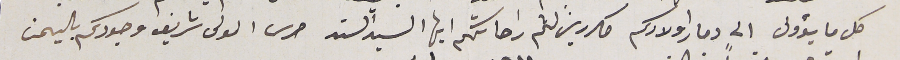
كل ما يؤول الى دمار اولادكم مكررين لثم راحاتكم ايها السيد السند حرس المولى شريف وجودكم باليمن